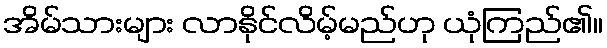
အိမ်သားများ လာနိုင်လိမ့်မည်ဟု ယုံကြည်၏။